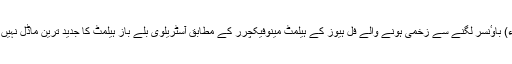
26نومبر 2014ء) باوٴنسر لگنے سے زخمی ہونے والے فل ہیوز کے ہیلمٹ مینوفیکچرر کے مطابق آسٹریلوی بلے باز ہیلمٹ کا جدید ترین ماڈل نہیں پہنے ہوئے تھے۔